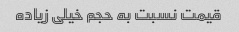
قیمت نسبت به حجم خیلی‌ زیاده